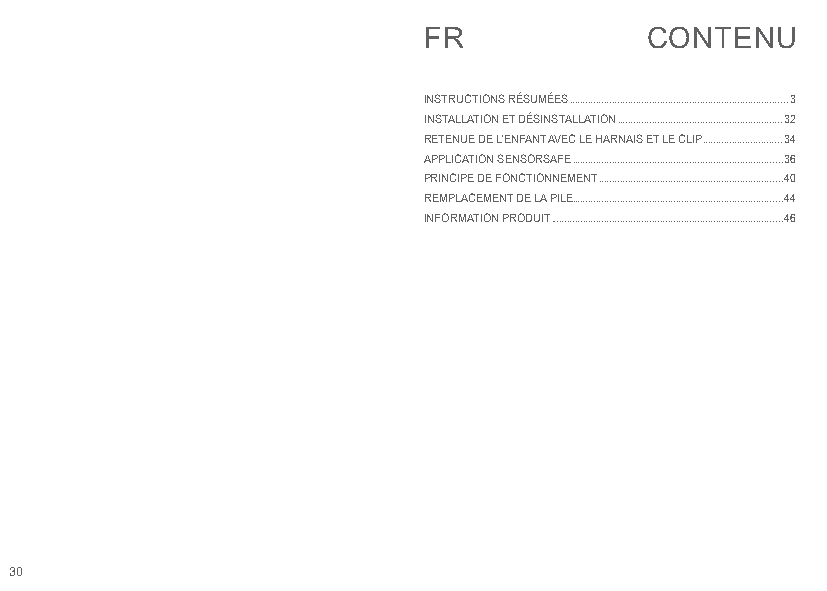
FR             CONTENU
 INSTRUCTIONS RÉSUMÉES ..................................................................................3
 INSTALLATION ET DÉSINSTALLATION ..............................................................32
 RETENUE DE L’ENFANT AVEC LE HARNAIS ET LE CLIP ..............................34
 APPLICATION SENSORSAFE ...............................................................................36
 PRINCIPE DE FONCTIONNEMENT .....................................................................40
 REMPLACEMENT DE LA PILE...............................................................................44
 INFORMATION PRODUIT .......................................................................................46
 30